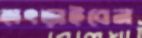
হাৎড়াইবেন